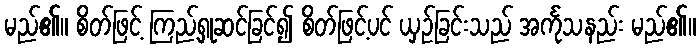
မည်၏။ စိတ်ဖြင့် ကြည့်ရှုဆင်ခြင်၍ စိတ်ဖြင့်ပင် ယှဉ်ခြင်းသည် အင်္ကုသနည်း မည်၏။